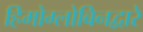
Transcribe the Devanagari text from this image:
हिमोग्लोबिनद्वारे